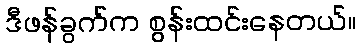
ဒီဖန်ခွက်က စွန်းထင်းနေတယ်။